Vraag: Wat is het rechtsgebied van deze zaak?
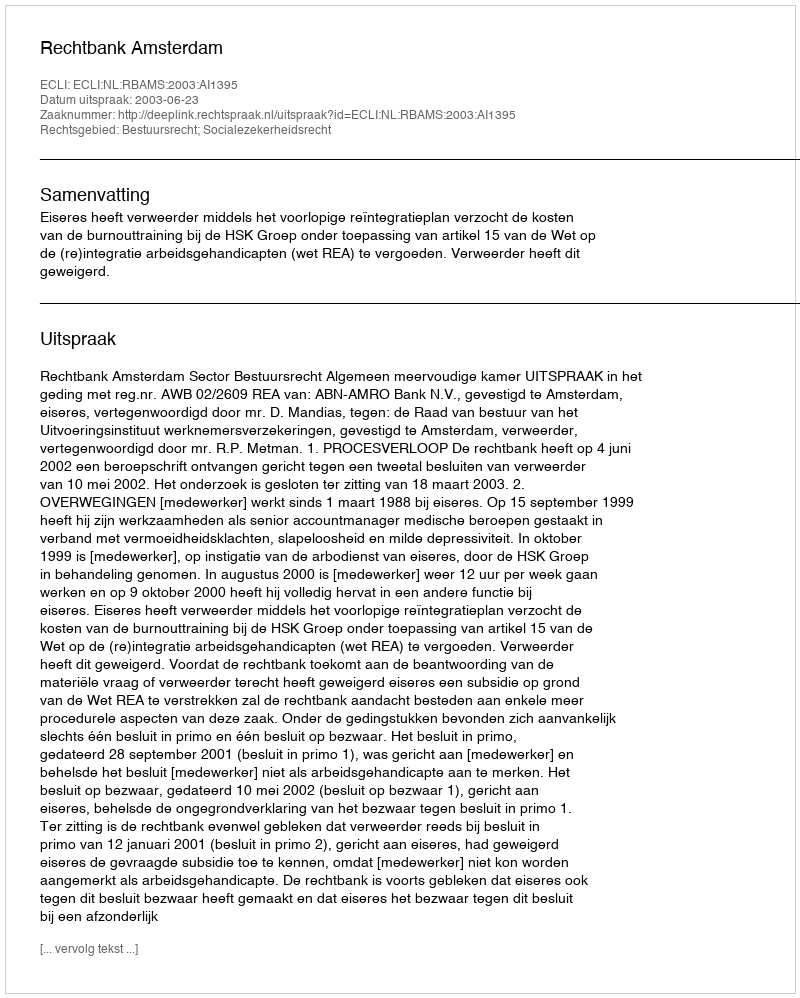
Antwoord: Bestuursrecht; Socialezekerheidsrecht